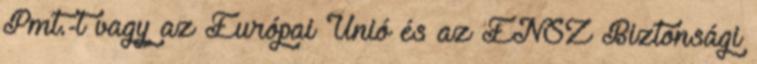
Pmt.-t vagy az Európai Unió és az ENSZ Biztonsági